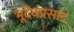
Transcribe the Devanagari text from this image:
भूदेवप्रसाद